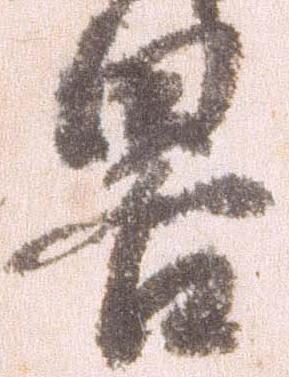
略